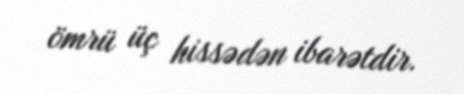
ömrü üç hissədən ibarətdir.